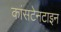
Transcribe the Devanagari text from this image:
कांसटेनटाइन